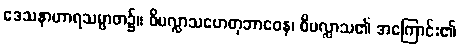
ဒေသနာဟာရသမ္ပာတ၌။ ဝိပလ္လာသဟေတုဘာဝေန၊ ဝိပလ္လာသ၏ အကြောင်း၏